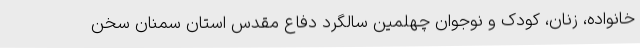
خانواده، زنان، کودک و نوجوان چهلمین سالگرد دفاع مقدس استان سمنان سخن